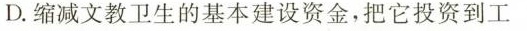
D.缩减文教卫生的基本建设资金，把它投资到工